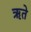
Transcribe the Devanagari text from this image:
ऋते